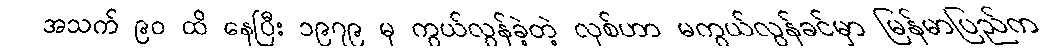
အသက် ၉၀ ထိ နေပြီး ၁၉၇၉ မှ ကွယ်လွန်ခဲ့တဲ့ လုစ်ဟာ မကွယ်လွန်ခင်မှာ မြန်မာပြည်က